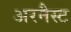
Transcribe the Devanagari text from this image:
अरनैस्ट